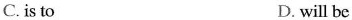
C. is to D. will be